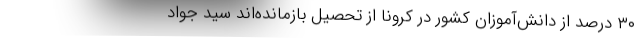
۳۰ درصد از دانش‌آموزان کشور در کرونا از تحصیل بازمانده‌اند سید جواد